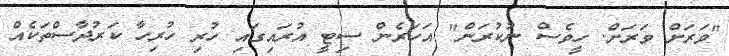
"ވަރަށް ވަރަށް. ހީވެސް ނުކުރަން" އަހަރެން ސިޓީ އުރައިގައި ހުރި ހުރިހާ ކަރުދާސްތަކެއް